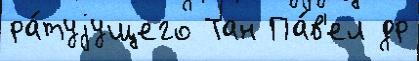
ра́туjущего Тан Па́в'ел др